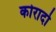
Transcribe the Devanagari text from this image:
कोरादो